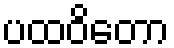
ပထဝိတော